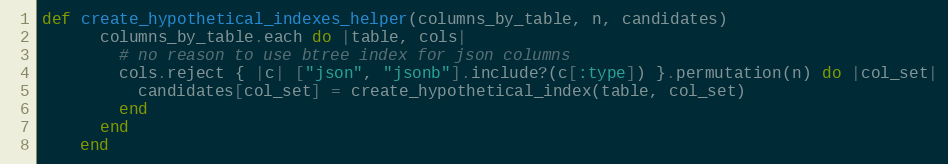
Language: Ruby
def create_hypothetical_indexes_helper(columns_by_table, n, candidates)
      columns_by_table.each do |table, cols|
        # no reason to use btree index for json columns
        cols.reject { |c| ["json", "jsonb"].include?(c[:type]) }.permutation(n) do |col_set|
          candidates[col_set] = create_hypothetical_index(table, col_set)
        end
      end
    end